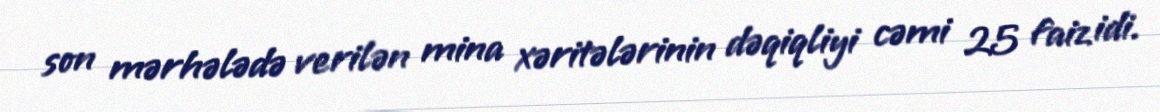
son mərhələdə verilən mina xəritələrinin dəqiqliyi cəmi 25 faiz idi.